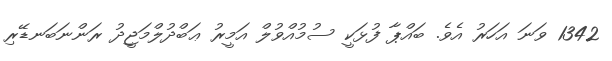
1342 ވަނަ އަހަރު އެވެ. ބައްޕާ ފުޅަކީ ސުމުއްވުލް އަމީރު ޢަބްދުލްމަޖީދު ރަންނަބަނޑޭރި